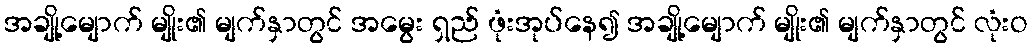
အချို့မျောက် မျိုး၏ မျက်နှာတွင် အမွေး ရှည် ဖုံးအုပ်နေ၍ အချို့မျောက် မျိုး၏ မျက်နှာတွင် လုံးဝ